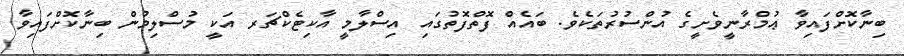
ބިނާކޮށްފައިވާ ޢުމްރާނީވެށީގެ އުންސުރުތަކެވެ. ބައެއް ފޮތްފޮތުގައި އިސްލާމީ އާކިޓެކްޗަރ އަކީ މުސްލިމުން ބިނާކޮށްފައިވާ